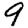
Digit: 9